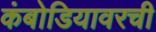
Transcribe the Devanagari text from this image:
कंबोडियावरची